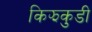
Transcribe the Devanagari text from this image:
किझकुडी